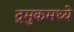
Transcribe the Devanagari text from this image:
द्रमुकमध्ये